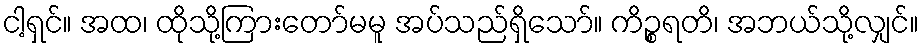
ငါ့ရှင်။ အထ၊ ထိုသို့ကြားတော်မမူ အပ်သည်ရှိသော်။ ကိဉ္စရတိ၊ အဘယ်သို့လျှင်။